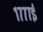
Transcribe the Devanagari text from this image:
१७७७ई